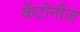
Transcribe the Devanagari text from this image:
केंटोनीज़